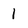
Character: 1